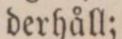
derhåll;